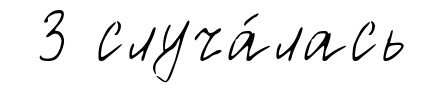
3 случа́лась